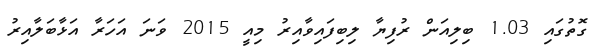
ގޮތުގައި 1.03 ބިލިއަން ރުފިޔާ ލިބިފައިވާއިރު މިއީ 2015 ވަނަ އަހަރާ އަޅާބަލާއިރު